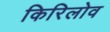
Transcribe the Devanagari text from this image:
किरिलोव